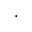
\cdot